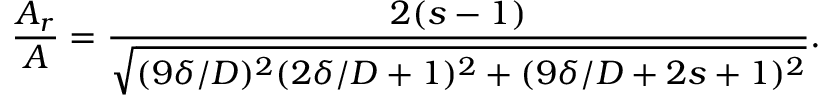
\frac { A _ { r } } { A } = \frac { 2 ( s - 1 ) } { \sqrt { ( 9 \delta / D ) ^ { 2 } ( 2 \delta / D + 1 ) ^ { 2 } + ( 9 \delta / D + 2 s + 1 ) ^ { 2 } } } .